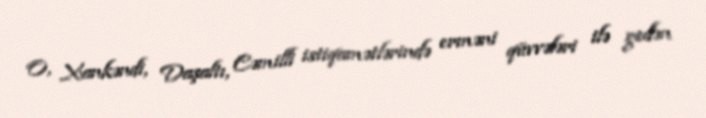
O, Xankəndi, Daşaltı, Cəmilli istiqamətlərində erməni qüvvələri ilə gedən